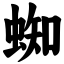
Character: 蜘